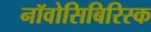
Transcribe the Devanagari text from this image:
नॉवोसिबिरिस्क